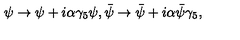
\psi \to \psi + i \alpha \gamma _ { 5 } \psi , { \bar { \psi } } \to { \bar { \psi } } + i \alpha { \bar { \psi } } \gamma _ { 5 } ,